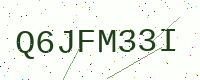
Text: Q6JFM33I